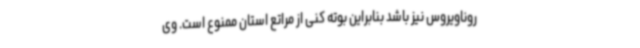
روناویروس نیز باشد بنابراین بوته کنی از مراتع استان ممنوع است. وی